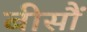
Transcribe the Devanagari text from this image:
बीसौं